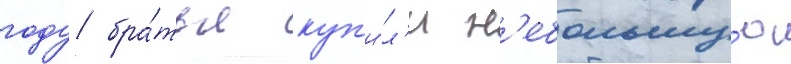
году бра́тья куп'и́л'и н'ебольшу́ю